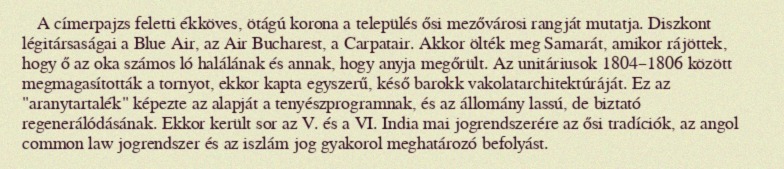
A címerpajzs feletti ékköves, ötágú korona a település ősi mezővárosi rangját mutatja. Diszkont légitársaságai a Blue Air, az Air Bucharest, a Carpatair. Akkor ölték meg Samarát, amikor rájöttek, hogy ő az oka számos ló halálának és annak, hogy anyja megőrült. Az unitáriusok 1804–1806 között megmagasították a tornyot, ekkor kapta egyszerű, késő barokk vakolatarchitektúráját. Ez az "aranytartalék" képezte az alapját a tenyészprogramnak, és az állomány lassú, de biztató regenerálódásának. Ekkor került sor az V. és a VI. India mai jogrendszerére az ősi tradíciók, az angol common law jogrendszer és az iszlám jog gyakorol meghatározó befolyást.